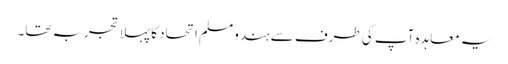
یہ معاہدہ آپ کی طرف سے ہندو مسلم اتحاد کا پہلا تجربہ تھا۔